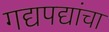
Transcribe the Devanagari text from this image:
गद्यपद्यांचा